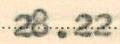
28.22